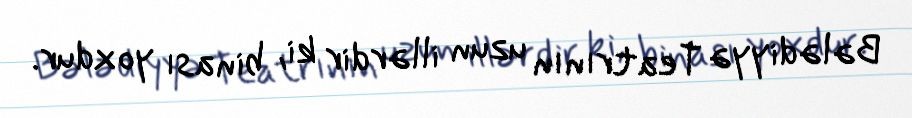
Bələdiyyə Teatrının uzun illərdir ki, binası yoxdur.